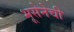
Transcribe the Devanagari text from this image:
भूसेनेची